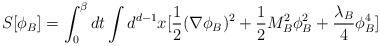
\begin{align*}S[\phi_{B}]=\int_{0}^{\beta}dt\int d^{d-1}x[\frac{1}{2} (\nabla\phi_{B})^{2} + \frac{1}{2} M^{2}_{B} \phi^{2}_{B} + \frac{\lambda_{B}}{4}\phi^{4}_{B}]\end{align*}